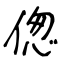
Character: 偬